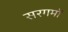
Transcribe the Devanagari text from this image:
सरगमों